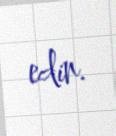
edin.